Report on sanitation, dispensaries, and jails in Rajputana for 1918, and on vaccination for the year 1918-1919 - 1918-1919
Year: 1918
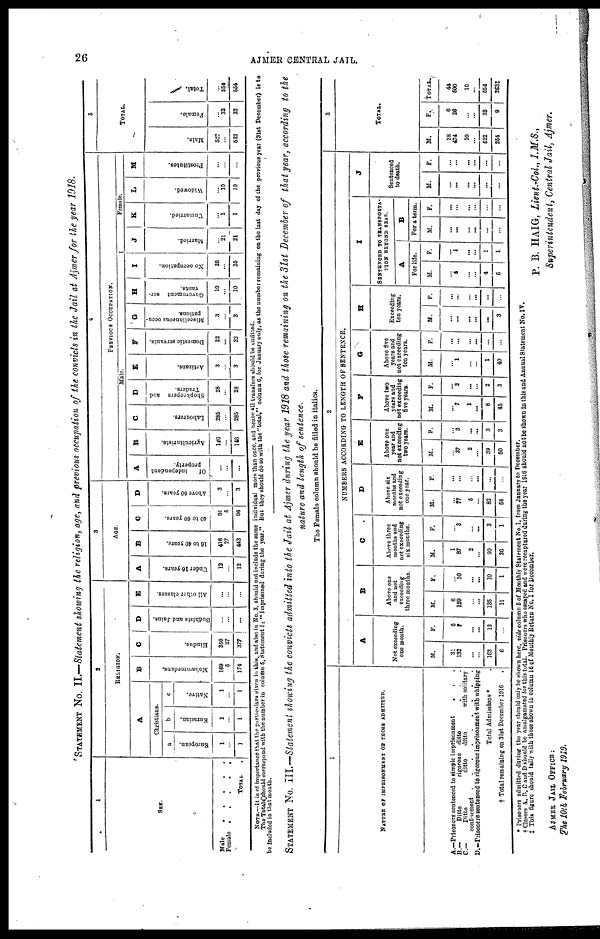
26
AJMER CENTRAL JAIL.
STATEMENT No. II.—Statement showing the religion, age, and previous occupation of the convicts in the Jail at Ajmer for the year 1918.
1
SEX.
Male .....
Female .....
TOTAL .
2
RELIGION.
A
Christians.
a
European.
1
...
1
b
Eurasian.
1
...
1
c
Native.
1
...
1
B
Mohammedans.
169
5
174
C
Hindus.
350
27
377
D
Budhists and Jains.
...
...
...
E
All other classes.
...
...
...
3
AGE.
A
Under 16 years.
12
...
12
B
16 to 40 years.
416
27
443
C
40 to 60 years.
91
5
96
D
Above 60 years.
3
...
3
4
PREVIOUS OCCUPATION.
Male.
A
Of
independent
property.
...
...
...
B
Agriculturists.
146
...
146
C
Labourers.
285
...
285
D
Shopkeepers and
Traders.
28
...
28
E
Artizans.
3
...
3
F
Domestic servants.
22
...
22
G
Miscellaneous occu-
pations.
3
...
3
H
Government ser-
vants.
10
...
10
I
No occupation.
25
...
25
Female.
J
Married.
...
21
21
K
Unmarried.
...
1
1
L
Widowed.
...
10
10
M
Prostitutes.
...
...
...
5
TOTAL.
Male.
522
...
522
Female.
...
32
32
Total.
...
554
554
NOTE.—It is of importance that the particulars given in this, and also in No. 3, should not include the same individual more than once, and hence all transfers should he omitted.
The Totals should correspond with the number in column 5, Statement I; "Imprisoned during the year." But they should do so with the "total, column 6, for January only, as the number remaining on the last day of the previous year (31st December) is to
be included in that month.
STATEMENT No. III.—Statement showing the convicts admitted into the Jail at Ajmer during the year 1918 and those remaining on the 31st December of that year, according to the
nature and length of sentence.
The Female column should be filled in italics.
1
NATURE OF IMPRISONMENT OF THOSE ADMITTED.
A.—Prisoners sentenced to simple imprisonment
...
B.—
Ditto
rigorous ditto ...
C—
Ditto
ditto
ditto
with solitary
confinement
.........
D.—Prisoners sentenced to rigorous imprisonment with whipping
Total Admissions * .
† Total remaining on 31st December 1916
2
NUMBERS ACCORDING TO LENGTH OF SENTENCE,
A
Not exceeding
one month.
M.
31
132
...
...
163
6
F.
6
1
...
...
13
...
B
Above one
and not
exceeding
three months.
M.
6
129
...
...
135
11
F.
...
10
...
...
10
1
C
Above three
months and
not exceeding
six months.
M.
1
87
2
...
90
36
F.
...
3
...
...
3
1
D
Above six
months and
not exceeding
one year.
M.
...
77
5
...
82
58
F.
...
...
...
...
...
...
E
Above one
year and
not exceeding
two years.
M.
...
37
2
...
39
50
F.
...
3
...
...
3
3
F
Above two
years and
not excceding
five years.
M.
...
7
1
...
8
45
F.
...
2
...
...
2
3
G
Above five
years and
not exceeding
ten years.
M.
...
1
...
...
1
40
F.
...
...
...
...
...
...
H
Exceeding
ten years.
M.
...
...
...
...
...
3
F.
...
...
...
...
...
...
I
SENTENCED TO TRANSPORTA¬
TION BEYOND SEAS.
A
For life.
M.
...
4
...
...
4
5
F.
...
1
...
...
1
1
B
For a term.
M.
...
...
...
...
...
...
F.
...
...
...
...
...
...
J
Sentenced
to death.
M.
...
...
...
...
...
...
F.
...
...
...
...
...
...
3
TOTAL.
M.
38
474
10
...
522
254
F.
6
26
...
...
32
9
TOTAL.
44
500
10
...
554
263‡
* Prisoners admitted during the year should only be shown here, vide column 5 of Monthly Statement No. I, from January to December.
† Classes A, B, C and D should be amalgamated for this total. Prisoners who escaped and were recaptured during the year 1916 should not be shown in this and Annual Statement No. IV.
‡ This figure should tally with those shown in column 16 of Monthly Return No. I for December.
P. B. HAIG, Lieut.-Col., I.M.S.,
Superintendent, Central Jail, Ajmer.
AJMER JAIL OFFICE:
The 10th February 1919.